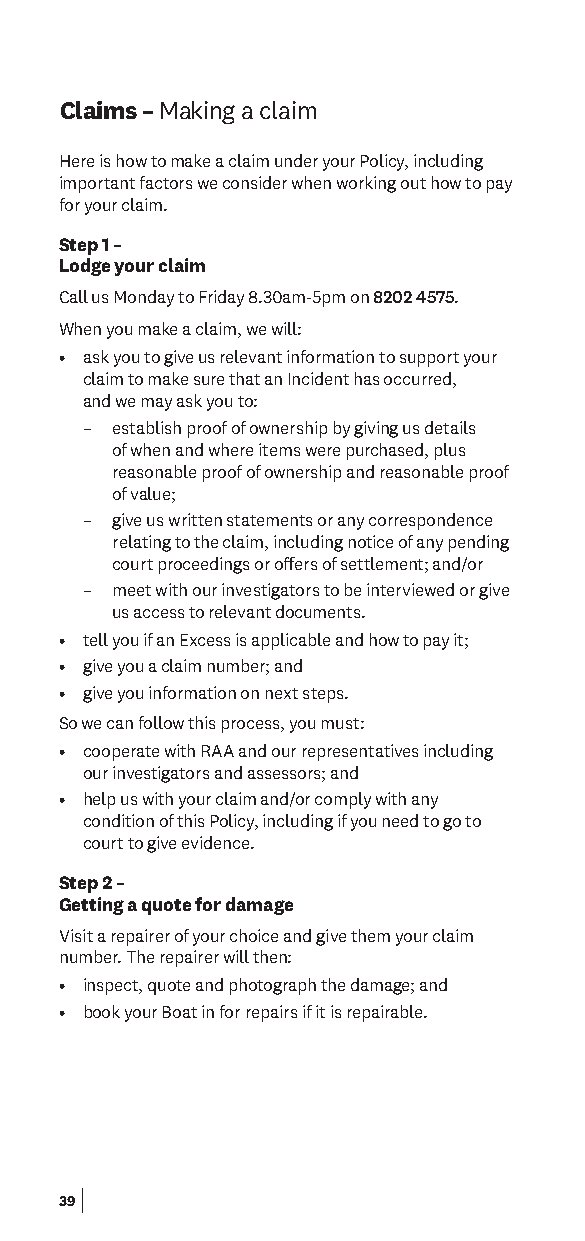
Claims – Making a claim
 Here is how to make a claim under your Policy, including
 important factors we consider when working out how to pay
 for your claim.
 Step 1 –
 Lodge your claim
 Call us Monday to Friday 8.30am-5pm on 8202 4575.
 When you make a claim, we will:
 • ask you to give us relevant information to support your
 claim to make sure that an Incident has occurred,
 and we may ask you to:
 – establish proof of ownership by giving us details
 of when and where items were purchased, plus
 reasonable proof of ownership and reasonable proof
 of value;
 – give us written statements or any correspondence
 relating to the claim, including notice of any pending
 court proceedings or ofers of settlement; and/or
 – meet with our investigators to be interviewed or give
 us access to relevant documents.
 • tell you if an Excess is applicable and how to pay it;
 • give you a claim number; and
 • give you information on next steps.
 So we can follow this process, you must:
 • cooperate with RAA and our representatives including
 our investigators and assessors; and
 • help us with your claim and/or comply with any
 condition of this Policy, including if you need to go to
 court to give evidence.
 Step 2 –
 Getting a quote for damage
 Visit a repairer of your choice and give them your claim
 number. The repairer will then:
 • inspect, quote and photograph the damage; and
 • book your Boat in for repairs if it is repairable.
 39